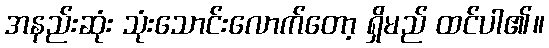
အနည်းဆုံး သုံးသောင်းလောက်တော့ ရှိမည် ထင်ပါ၏။